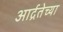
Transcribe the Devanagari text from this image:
आर्द्रतेच्या